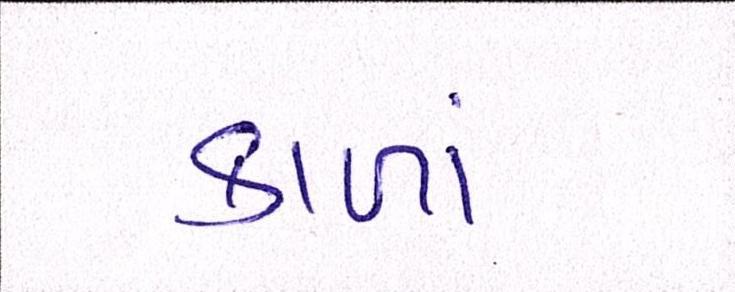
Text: કાળાં